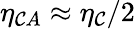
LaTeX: \eta_{\mathcal{C}A}\approx\eta_{\mathcal{C}}/2